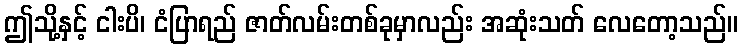
ဤသို့နှင့် ငါးပိ၊ ငံပြာရည် ဇာတ်လမ်းတစ်ခုမှာလည်း အဆုံးသတ် လေတော့သည်။